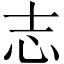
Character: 志